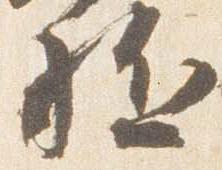
駈